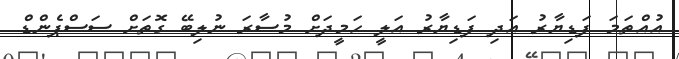
އުއްތަމަ ފަޑިޔާރު އަދި ފަޑިޔާރު އަލީ ހަމީދަށް މުސާރަ ނުލިބޭ ގޮތަށް ސަސްޕެންޑް